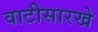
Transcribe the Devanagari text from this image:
वाटीसारखे